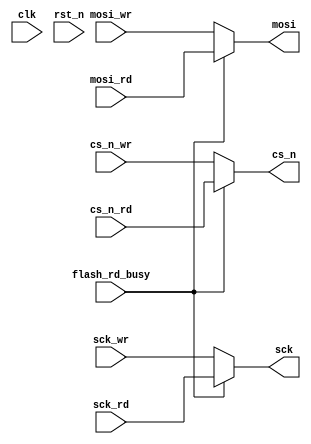
module flash_wr_rd(
	//
	input				clk,
	input				rst_n,
	input				flash_rd_busy,
	//flash_wrspi
	input				cs_n_wr,				
	input				sck_wr,
	input				mosi_wr,
	//flash_rdspi
	input				cs_n_rd,
	input				sck_rd,
	input				mosi_rd,
	//FPAGspi_flash
	output				cs_n,
	output				sck,
	output				mosi
);
//Flash
//FPGAflash_rdspiflash_wrspi
assign cs_n	=	flash_rd_busy ? cs_n_rd : cs_n_wr; 
assign sck	=	flash_rd_busy ? sck_rd  : sck_wr;
assign mosi	=	flash_rd_busy ? mosi_rd : mosi_wr;
	 		
endmodule